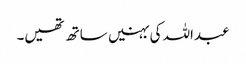
عبداللہ کی بہنیں ساتھ تھیں۔